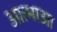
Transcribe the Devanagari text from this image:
आत्माआ